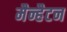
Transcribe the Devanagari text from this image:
मैन्हैटन